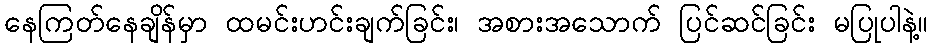
နေကြတ်နေချိန်မှာ ထမင်းဟင်းချက်ခြင်း၊ အစားအသောက် ပြင်ဆင်ခြင်း မပြုပါနဲ့။